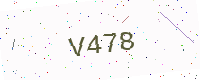
Text: V478